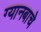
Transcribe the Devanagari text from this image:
ग्यानबाचे